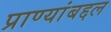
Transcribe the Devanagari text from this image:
प्राण्यांबद्दल